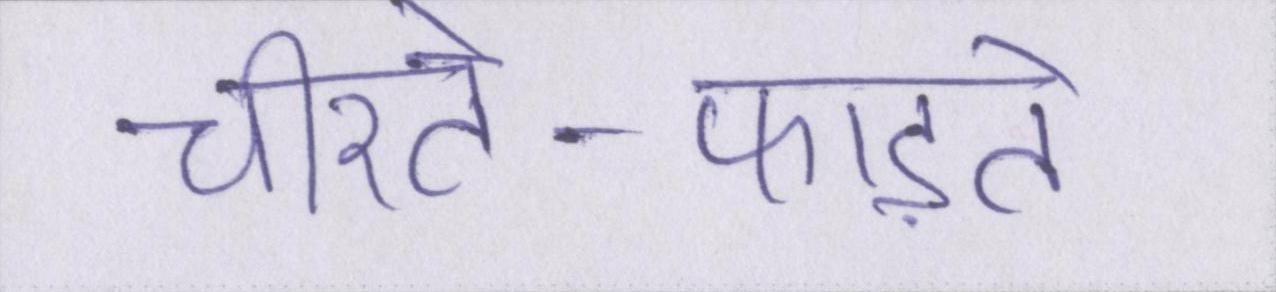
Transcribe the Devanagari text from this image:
चीरते-फाड़ते